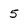
Character: 5